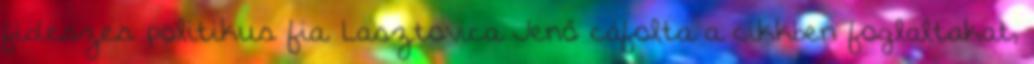
fideszes politikus fia. Lasztovica Jenő cáfolta a cikkben foglaltakat,